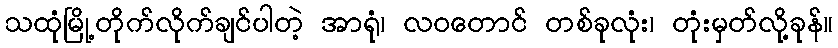
သထုံမြို့တိုက်လိုက်ချင်ပါတဲ့ အာရုံ၊ လဝတောင် တစ်ခုလုံး၊ တုံးမှတ်လို့ခုန်။